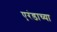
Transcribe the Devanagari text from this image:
एरंडाच्या